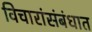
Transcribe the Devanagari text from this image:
विचारांसंबंधात